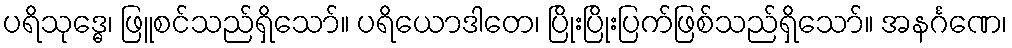
ပရိသုဒ္ဓေ၊ ဖြူစင်သည်ရှိသော်။ ပရိယောဒါတေ၊ ပြိုးပြိုးပြက်ဖြစ်သည်ရှိသော်။ အနင်္ဂဏေ၊